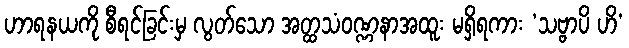
ဟာရနယကို စီရင်ခြင်းမှ လွတ်သော အတ္ထသံဝဏ္ဏနာအထူး မရှိရကား ‘သဗ္ဗာပိ ဟိ’